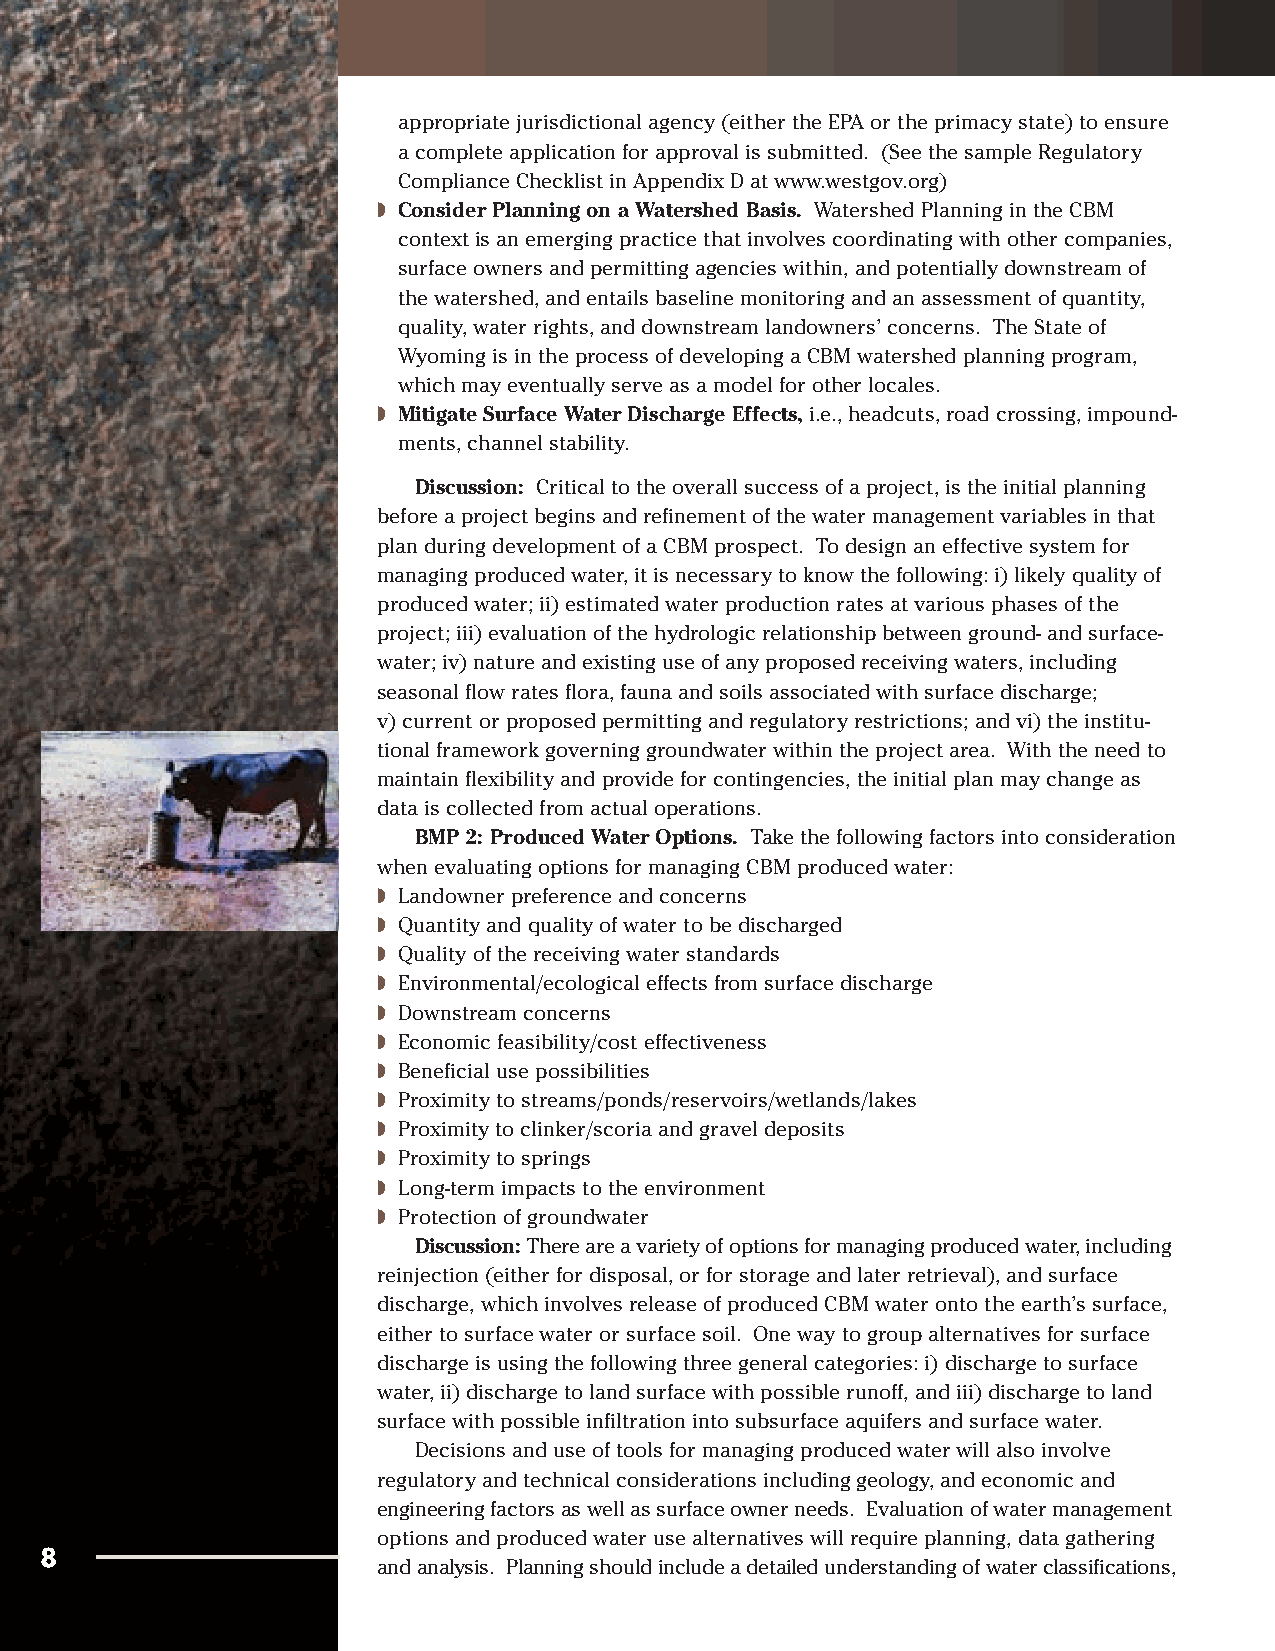
appropriate jurisdictional agency (either the EPA or the primacy state) to ensure
 a complete application for approval is submitted. (See the sample Regulatory
 Compliance Checklist in Appendix D at www.westgov.org)
 ◗ Consider Planning on a Watershed Basis. Watershed Planning in the CBM
 context is an emerging practice that involves coordinating with other companies,
 surface owners and permitting agencies within, and potentially downstream of
 the watershed, and entails baseline monitoring and an assessment of quantity,
 quality, water rights, and downstream landowners’ concerns. The State of
 Wyoming is in the process of developing a CBM watershed planning program,
 which may eventually serve as a model for other locales.
 ◗ Mitigate Surface Water Discharge Effects,i.e., headcuts, road crossing, impound-
 ments, channel stability.
 Discussion: Critical to the overall success of a project, is the initial planning
 before a project begins and refinement of the water management variables in that
 plan during development of a CBM prospect. To design an effective system for
 managing produced water, it is necessary to know the following: i) likely quality of
 produced water; ii) estimated water production rates at various phases of the
 project; iii) evaluation of the hydrologic relationship between ground- and surface-
 water; iv) nature and existing use of any proposed receiving waters, including
 seasonal flow rates flora, fauna and soils associated with surface discharge;
 v) current or proposed permitting and regulatory restrictions; and vi) the institu-
 tional framework governing groundwater within the project area. With the need to
 maintain flexibility and provide for contingencies, the initial plan may change as
 data is collected from actual operations.
 BMP 2: Produced Water Options. Take the following factors into consideration
 when evaluating options for managing CBM produced water:
 ◗ Landowner preference and concerns
 ◗ Quantity and quality of water to be discharged
 ◗ Quality of the receiving water standards
 ◗ Environmental/ecological effects from surface discharge
 ◗ Downstream concerns
 ◗ Economic feasibility/cost effectiveness
 ◗ Beneficial use possibilities
 ◗ Proximity to streams/ponds/reservoirs/wetlands/lakes
 ◗ Proximity to clinker/scoria and gravel deposits
 ◗ Proximity to springs
 ◗ Long-term impacts to the environment
 ◗ Protection of groundwater
 Discussion: There are a variety of options for managing produced water, including
 reinjection (either for disposal, or for storage and later retrieval), and surface
 discharge, which involves release of produced CBM water onto the earth’s surface,
 either to surface water or surface soil. One way to group alternatives for surface
 discharge is using the following three general categories: i) discharge to surface
 water, ii) discharge to land surface with possible runoff, and iii) discharge to land
 surface with possible infiltration into subsurface aquifers and surface water.
 Decisions and use of tools for managing produced water will also involve
 regulatory and technical considerations including geology, and economic and
 engineering factors as well as surface owner needs. Evaluation of water management
 options and produced water use alternatives will require planning, data gathering
 8
 and analysis. Planning should include a detailed understanding of water classifications,